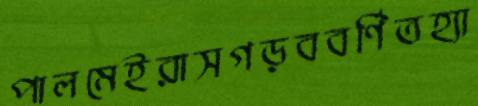
পালমেইরাসগড়ববর্ণিতহ্যা